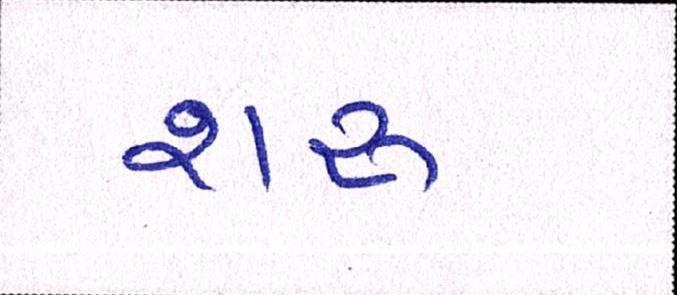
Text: શરૂ